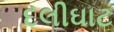
દલીઘાટ